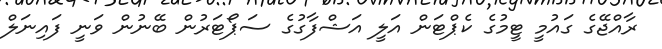
ރާއްޖޭގެ ގައުމީ ޓީމުގެ ކެޕްޓަން އަލީ އަޝްފާގުގެ ސަޕޯޓަރުން ބޭނުން ވަނީ ފައިނަލް